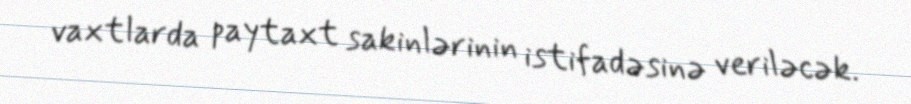
vaxtlarda paytaxt sakinlərinin istifadəsinə veriləcək.